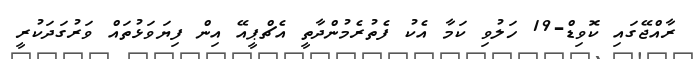
ރާއްޖޭގައި ކޮވިޑް-19 ހަލުވި ކަމާ އެކު ފެތުރެމުންދާތީ އެޗްޕީއޭ އިން ފިޔަވަޅުތައް ވަރުގަދަކުރީ